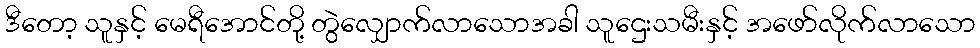
ဒီတော့ သူနှင့် မေရီအောင်တို့ တွဲလျှောက်လာသောအခါ သူဌေးသမီးနှင့် အဖော်လိုက်လာသော